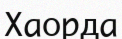
Хаорда